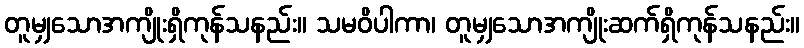
တူမျှသောအကျိုးရှိကုန်သနည်း။ သမဝိပါကာ၊ တူမျှသောအကျိုးဆက်ရှိကုန်သနည်း။